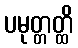
ပမုတ္တတ္ထိ